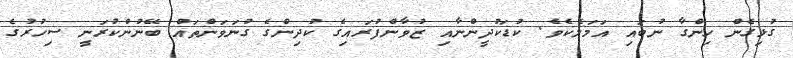
ގުޅިގެން ހިންގާ ނުބައި އަމަލެކެވެ. ކުޑަކުދީންނާއި ޒުވާންފުރައިގެ ކުދިންގެ ގުނަވަންތައް ބޭނުންކުރަނީ ސިހުރުގެ